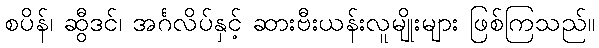
စပိန်၊ ဆွီဒင်၊ အင်္ဂလိပ်နှင့် ဆားဗီးယန်းလူမျိုးများ ဖြစ်ကြသည်။